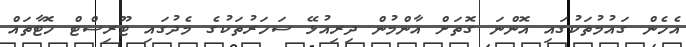
އެހެން ގައުމުތަކުގައި އޮންނަ ގޮތަށް އާންމުން ދިރިއުޅޭ ސަހަރުތަކުގެ މެދުގައި ޓޫރިސްޓް ހޮޓާތައް